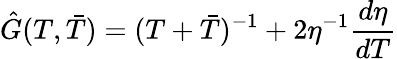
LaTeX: \hat{G}(T,\bar{T})=(T+\bar{T})^{-1}+2\eta^{-1}\frac{d\eta}{dT}